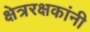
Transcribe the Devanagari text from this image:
क्षेत्ररक्षकांनी